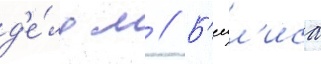
д'е́лу м // Б'еил'иса